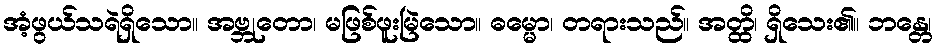
အံ့ဖွယ်သရဲရှိသော။ အဗ္ဘုတော၊ မဖြစ်ဖူးမြဲသော။ ဓမ္မော၊ တရားသည်။ အတ္ထိ၊ ရှိသေး၏။ ဘန္တေ၊